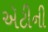
ઍટીની